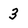
Character: 3